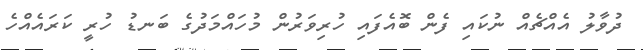
ދުވާލު އެއްޗެއް ނުކައި ފެން ބޮއެފައި ހުރިވަރުން މުހައްމަދުގެ ބަނޑު ހުރީ ކަރައެއްހެ